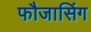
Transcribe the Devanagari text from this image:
फौजासिंग